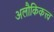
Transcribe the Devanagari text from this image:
अलौकिकत्त्व